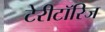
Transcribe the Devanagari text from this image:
टेरीटॉरिज